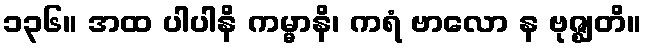
၁၃၆။ အထ ပါပါနိ ကမ္မာနိ၊ ကရံ ဗာလော န ဗုဇ္ဈတိ။